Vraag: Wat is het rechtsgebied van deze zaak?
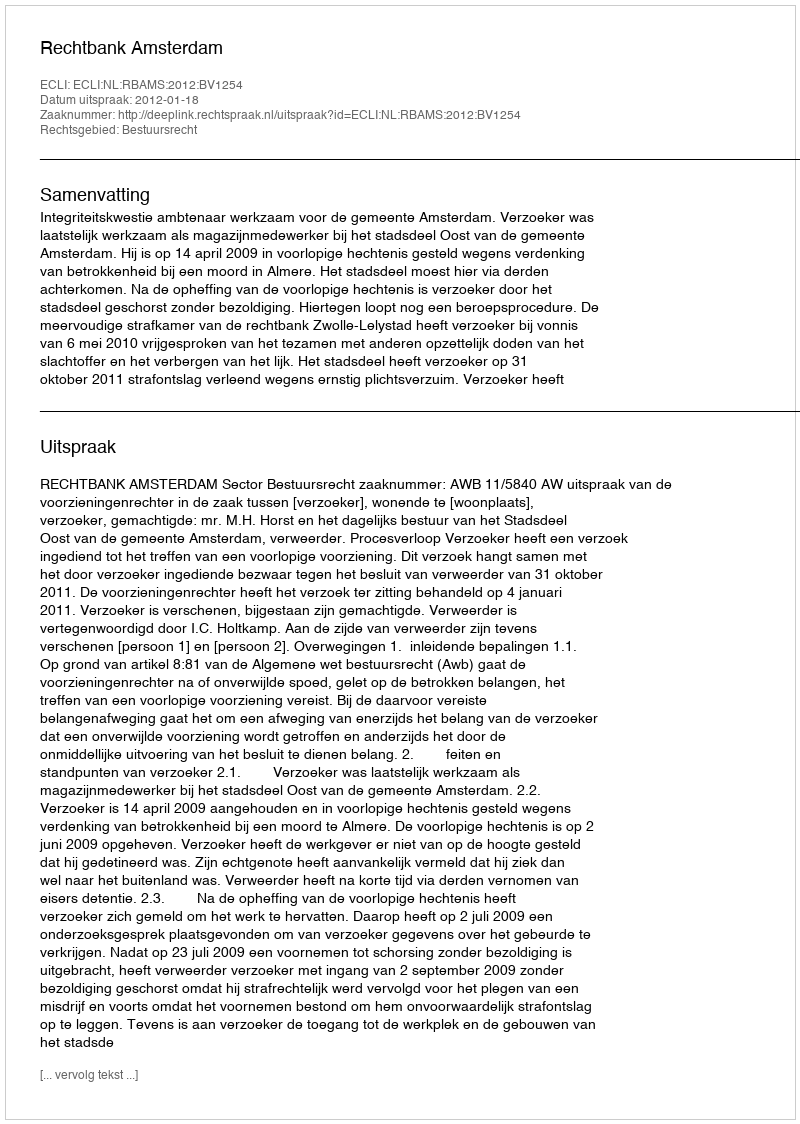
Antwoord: Bestuursrecht